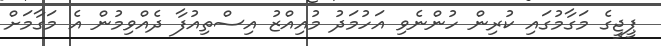
ޕީޖީގެ މަގާމުގައި ކުރިން ހުންނެވި އަހުމަދު މުއިއްޒު އިސްތިއުފާ ދެއްވިމުން އެ މަގާމަށް